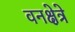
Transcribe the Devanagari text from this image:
वनक्षेत्रे